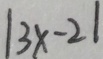
\vert 3 x - 2 \vert